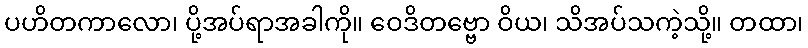
ပဟိတကာလော၊ ပို့အပ်ရာအခါကို။ ဝေဒိတဗ္ဗော ဝိယ၊ သိအပ်သကဲ့သို့။ တထာ၊